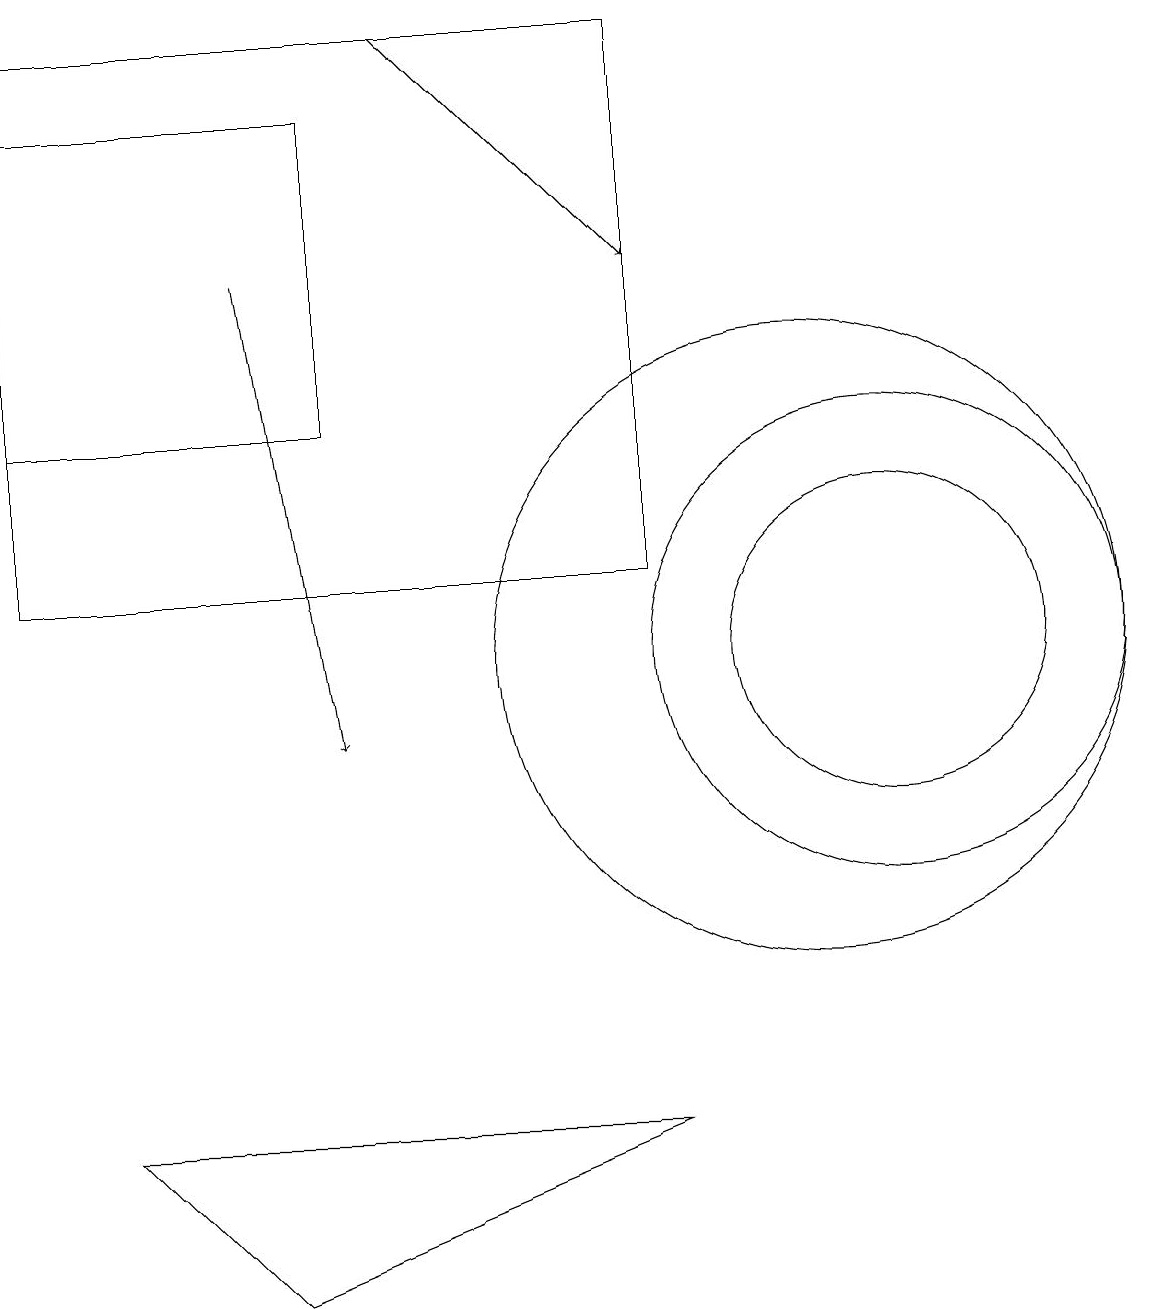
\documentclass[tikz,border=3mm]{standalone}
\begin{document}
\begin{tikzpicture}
\draw (10,11) circle (4);
\draw (11,11) circle (2);
\draw (3,3) -- (8,5) -- (1,5) -- cycle;
\draw (8,12) rectangle (0,19);
\draw (11,11) circle (3);
\draw[->] (5,19) -- (8,16);
\draw[->] (3,16) -- (4,10);
\draw (4,18) rectangle (0,14);
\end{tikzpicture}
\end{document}